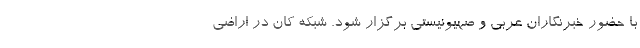
با حضور خبرنگاران عربی و صهیونیستی برگزار شود. شبکه کان در اراضی